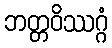
ဘတ္တဝိဿဂ္ဂံ